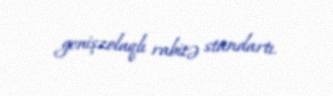
genişzolaqlı rabitə standartı.